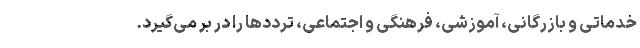
خدماتی و بازرگانی، آموزشی، فرهنگی و اجتماعی، ترددها را در بر می‌گیرد.